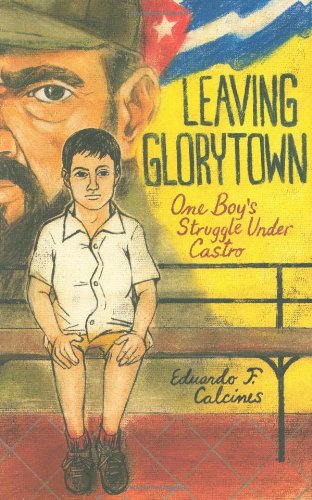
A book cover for Leaving Glorytown: One Boy's Struggle Under Castro; Eduardo F. Calcines; Teen & Young Adult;